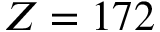
Z = 1 7 2